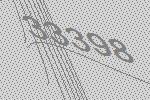
33398